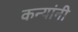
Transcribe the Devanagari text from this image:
कन्यांनी